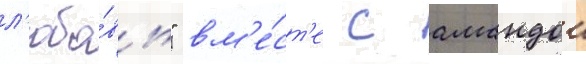
л'юбо́вь" вм'е́ст'е с амандои